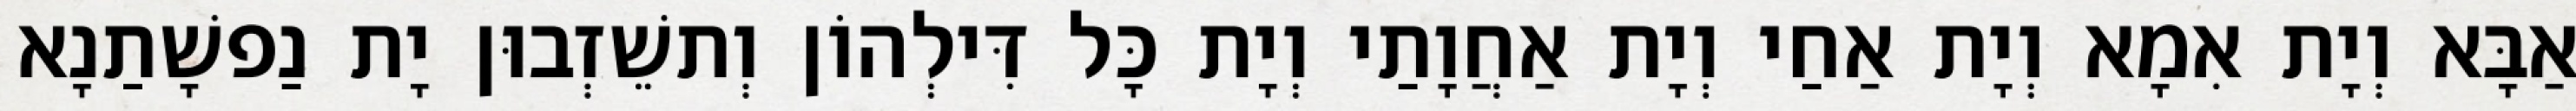
אַבָּא וְיָת אִמָא וְיָת אַחַי וְיָת אַחֲוָתַי וְיָת כָּל דִּילְהוֹן וְתשֵׁזְבוּן יָת נַפשָׁתַנָא